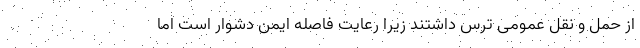
از حمل و نقل عمومی ترس داشتند زیرا رعایت فاصله ایمن دشوار است اما